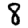
Digit: 8